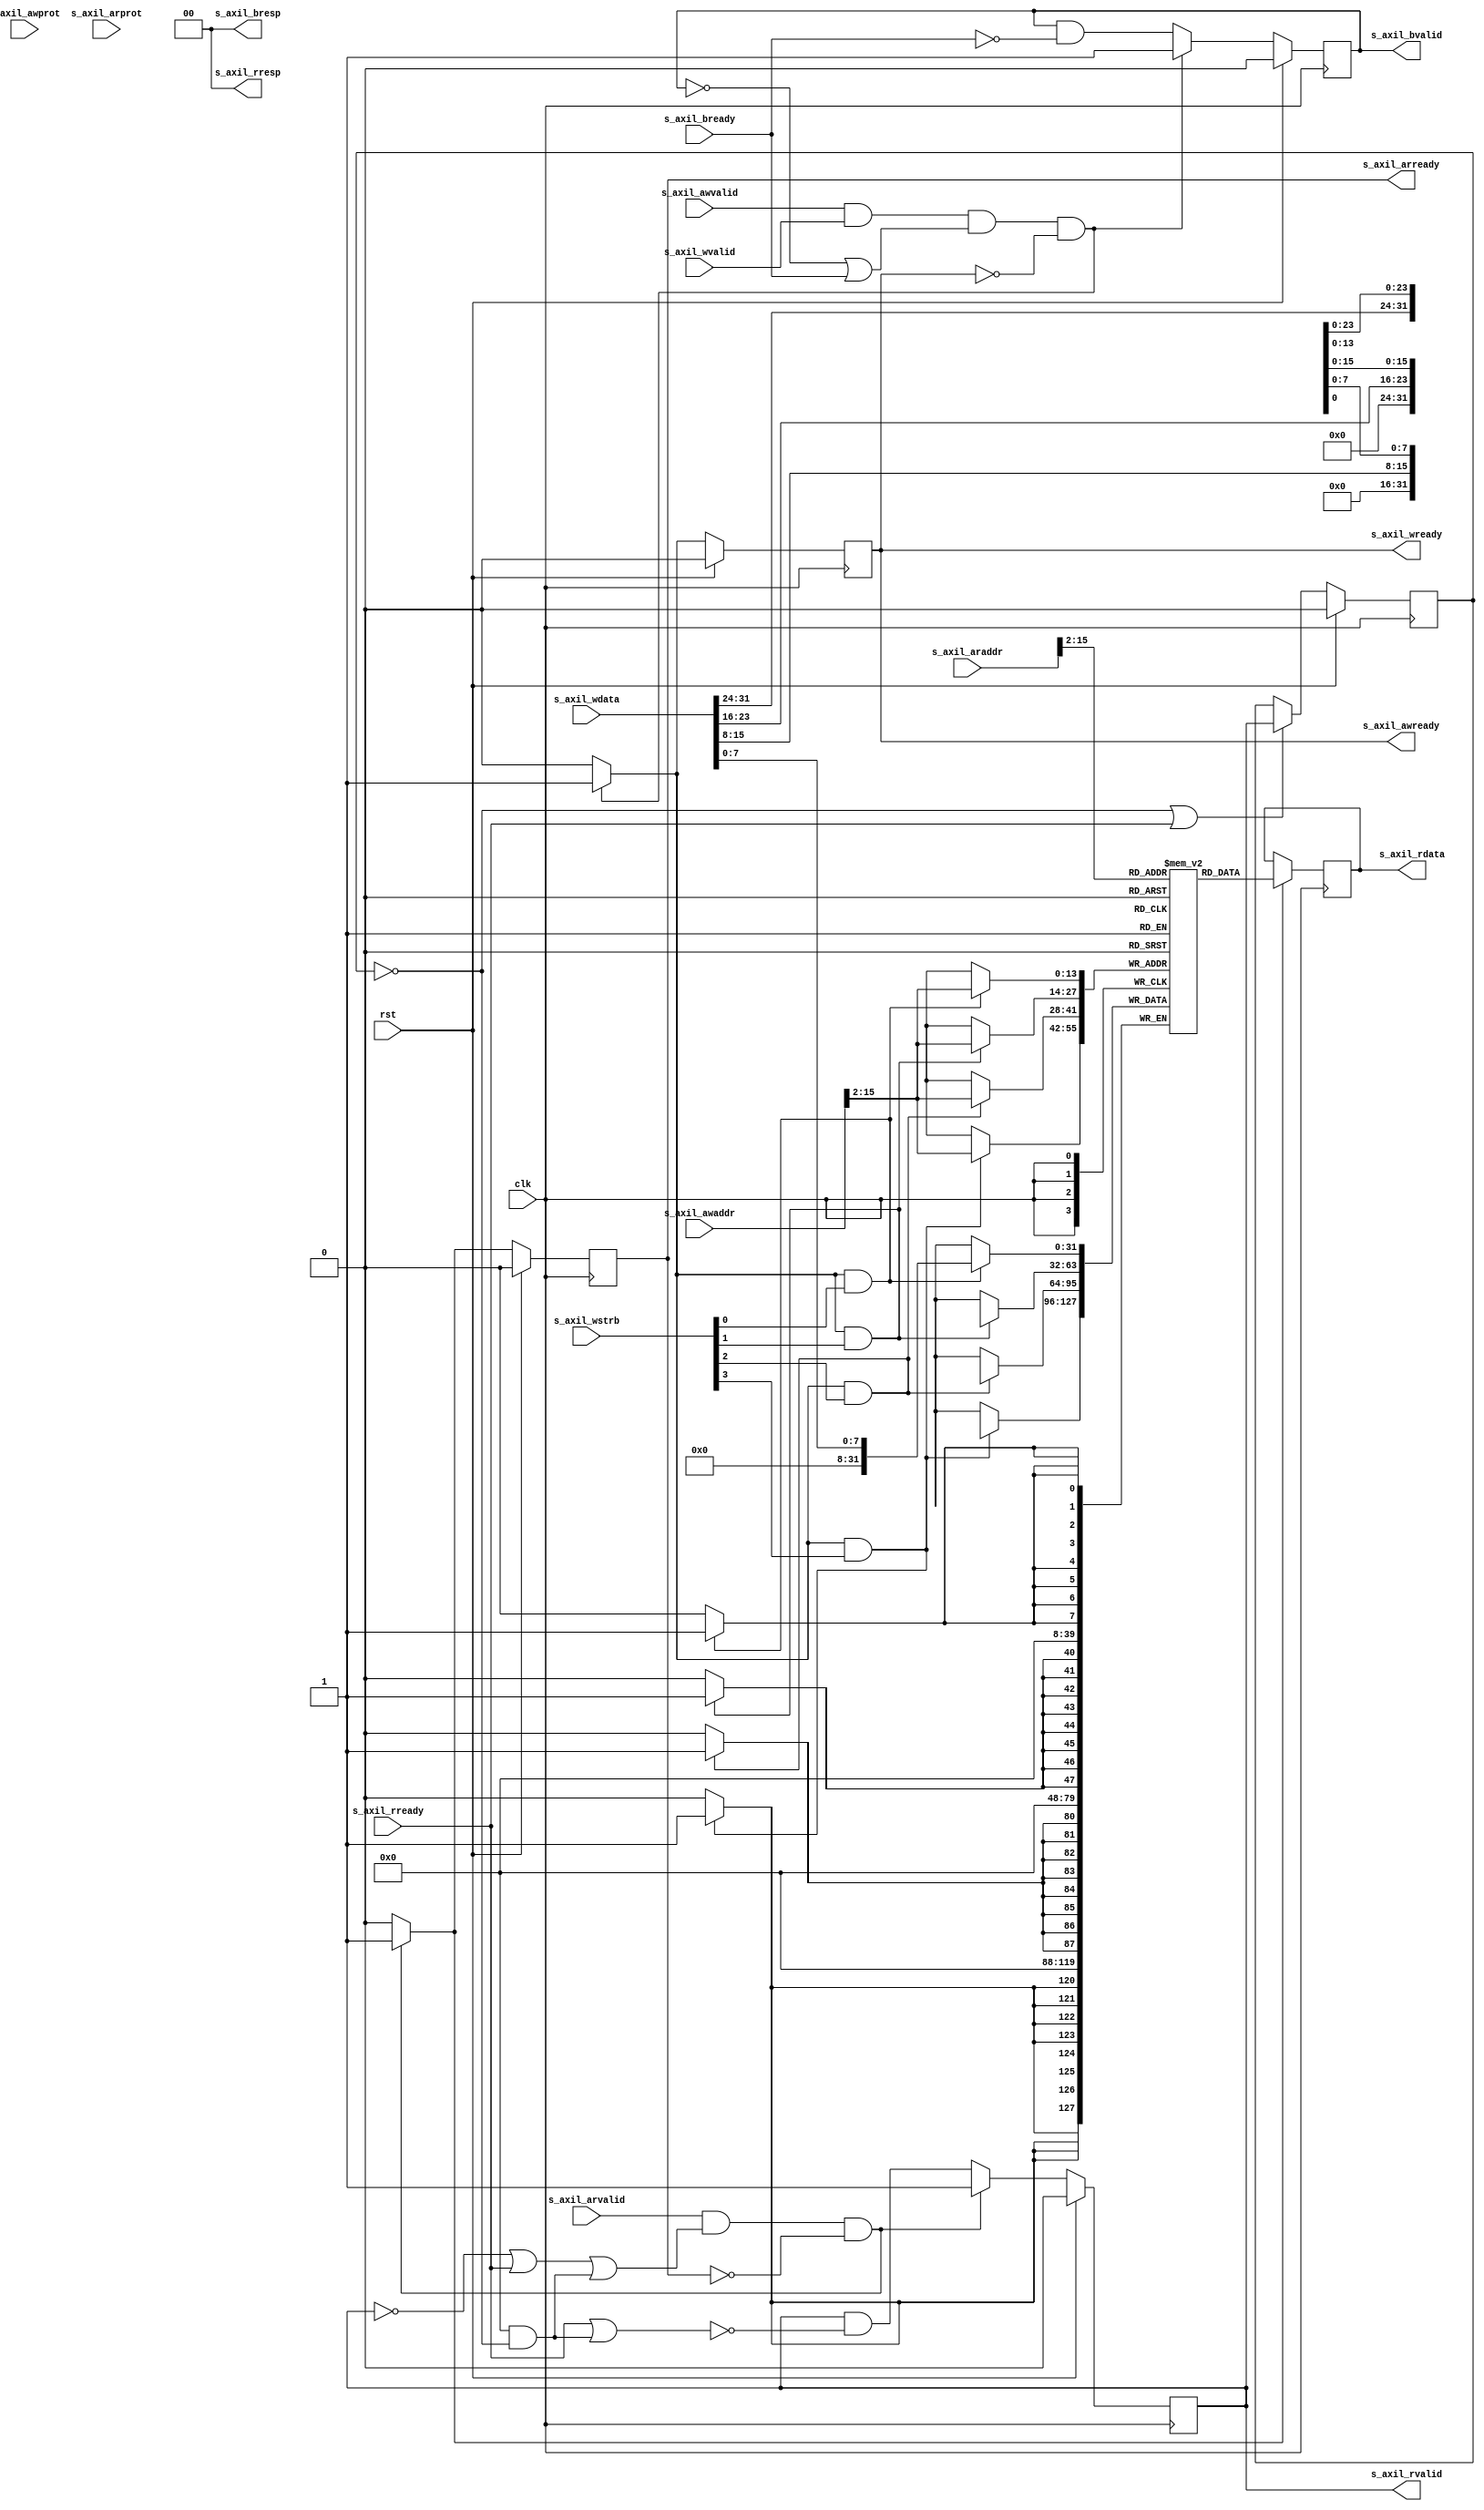
/*

Copyright (c) 2018 Alex Forencich

Permission is hereby granted, free of charge, to any person obtaining a copy
of this software and associated documentation files (the "Software"), to deal
in the Software without restriction, including without limitation the rights
to use, copy, modify, merge, publish, distribute, sublicense, and/or sell
copies of the Software, and to permit persons to whom the Software is
furnished to do so, subject to the following conditions:

The above copyright notice and this permission notice shall be included in
all copies or substantial portions of the Software.

THE SOFTWARE IS PROVIDED "AS IS", WITHOUT WARRANTY OF ANY KIND, EXPRESS OR
IMPLIED, INCLUDING BUT NOT LIMITED TO THE WARRANTIES OF MERCHANTABILITY
FITNESS FOR A PARTICULAR PURPOSE AND NONINFRINGEMENT. IN NO EVENT SHALL THE
AUTHORS OR COPYRIGHT HOLDERS BE LIABLE FOR ANY CLAIM, DAMAGES OR OTHER
LIABILITY, WHETHER IN AN ACTION OF CONTRACT, TORT OR OTHERWISE, ARISING FROM,
OUT OF OR IN CONNECTION WITH THE SOFTWARE OR THE USE OR OTHER DEALINGS IN
THE SOFTWARE.

*/

// Language: Verilog 2001

`timescale 1ns / 1ps

/*
 * AXI4-Lite RAM
 */
module axil_ram #
(
    // Width of data bus in bits
    parameter DATA_WIDTH = 32,
    // Width of address bus in bits
    parameter ADDR_WIDTH = 16,
    // Width of wstrb (width of data bus in words)
    parameter STRB_WIDTH = (DATA_WIDTH/8),
    // Extra pipeline register on output
    parameter PIPELINE_OUTPUT = 0
)
(
    input  wire                   clk,
    input  wire                   rst,

    input  wire [ADDR_WIDTH-1:0]  s_axil_awaddr,
    input  wire [2:0]             s_axil_awprot,
    input  wire                   s_axil_awvalid,
    output wire                   s_axil_awready,
    input  wire [DATA_WIDTH-1:0]  s_axil_wdata,
    input  wire [STRB_WIDTH-1:0]  s_axil_wstrb,
    input  wire                   s_axil_wvalid,
    output wire                   s_axil_wready,
    output wire [1:0]             s_axil_bresp,
    output wire                   s_axil_bvalid,
    input  wire                   s_axil_bready,
    input  wire [ADDR_WIDTH-1:0]  s_axil_araddr,
    input  wire [2:0]             s_axil_arprot,
    input  wire                   s_axil_arvalid,
    output wire                   s_axil_arready,
    output wire [DATA_WIDTH-1:0]  s_axil_rdata,
    output wire [1:0]             s_axil_rresp,
    output wire                   s_axil_rvalid,
    input  wire                   s_axil_rready
);

parameter VALID_ADDR_WIDTH = ADDR_WIDTH - $clog2(STRB_WIDTH);
parameter WORD_WIDTH = STRB_WIDTH;
parameter WORD_SIZE = DATA_WIDTH/WORD_WIDTH;

reg mem_wr_en;
reg mem_rd_en;

reg s_axil_awready_reg = 1'b0, s_axil_awready_next;
reg s_axil_wready_reg = 1'b0, s_axil_wready_next;
reg s_axil_bvalid_reg = 1'b0, s_axil_bvalid_next;
reg s_axil_arready_reg = 1'b0, s_axil_arready_next;
reg [DATA_WIDTH-1:0] s_axil_rdata_reg = {DATA_WIDTH{1'b0}}, s_axil_rdata_next;
reg s_axil_rvalid_reg = 1'b0, s_axil_rvalid_next;
reg [DATA_WIDTH-1:0] s_axil_rdata_pipe_reg = {DATA_WIDTH{1'b0}};
reg s_axil_rvalid_pipe_reg = 1'b0;

// (* RAM_STYLE="BLOCK" *)
reg [DATA_WIDTH-1:0] mem[(2**VALID_ADDR_WIDTH)-1:0];

wire [VALID_ADDR_WIDTH-1:0] s_axil_awaddr_valid = s_axil_awaddr >> (ADDR_WIDTH - VALID_ADDR_WIDTH);
wire [VALID_ADDR_WIDTH-1:0] s_axil_araddr_valid = s_axil_araddr >> (ADDR_WIDTH - VALID_ADDR_WIDTH);

assign s_axil_awready = s_axil_awready_reg;
assign s_axil_wready = s_axil_wready_reg;
assign s_axil_bresp = 2'b00;
assign s_axil_bvalid = s_axil_bvalid_reg;
assign s_axil_arready = s_axil_arready_reg;
assign s_axil_rdata = PIPELINE_OUTPUT ? s_axil_rdata_pipe_reg : s_axil_rdata_reg;
assign s_axil_rresp = 2'b00;
assign s_axil_rvalid = PIPELINE_OUTPUT ? s_axil_rvalid_pipe_reg : s_axil_rvalid_reg;

integer i, j;

initial begin
    // two nested loops for smaller number of iterations per loop
    // workaround for synthesizer complaints about large loop counts
    for (i = 0; i < 2**VALID_ADDR_WIDTH; i = i + 2**(VALID_ADDR_WIDTH/2)) begin
        for (j = i; j < i + 2**(VALID_ADDR_WIDTH/2); j = j + 1) begin
            mem[j] = 0;
        end
    end
end

always @* begin
    mem_wr_en = 1'b0;

    s_axil_awready_next = 1'b0;
    s_axil_wready_next = 1'b0;
    s_axil_bvalid_next = s_axil_bvalid_reg && !s_axil_bready;

    if (s_axil_awvalid && s_axil_wvalid && (!s_axil_bvalid || s_axil_bready) && (!s_axil_awready && !s_axil_wready)) begin
        s_axil_awready_next = 1'b1;
        s_axil_wready_next = 1'b1;
        s_axil_bvalid_next = 1'b1;

        mem_wr_en = 1'b1;
    end
end

always @(posedge clk) begin
    if (rst) begin
        s_axil_awready_reg <= 1'b0;
        s_axil_wready_reg <= 1'b0;
        s_axil_bvalid_reg <= 1'b0;
    end else begin
        s_axil_awready_reg <= s_axil_awready_next;
        s_axil_wready_reg <= s_axil_wready_next;
        s_axil_bvalid_reg <= s_axil_bvalid_next;
    end

    for (i = 0; i < WORD_WIDTH; i = i + 1) begin
        if (mem_wr_en && s_axil_wstrb[i]) begin
            mem[s_axil_awaddr_valid][WORD_SIZE*i +: WORD_SIZE] <= s_axil_wdata[WORD_SIZE*i +: WORD_SIZE];
        end
    end
end

always @* begin
    mem_rd_en = 1'b0;

    s_axil_arready_next = 1'b0;
    s_axil_rvalid_next = s_axil_rvalid_reg && !(s_axil_rready || (PIPELINE_OUTPUT && !s_axil_rvalid_pipe_reg));

    if (s_axil_arvalid && (!s_axil_rvalid || s_axil_rready || (PIPELINE_OUTPUT && !s_axil_rvalid_pipe_reg)) && (!s_axil_arready)) begin
        s_axil_arready_next = 1'b1;
        s_axil_rvalid_next = 1'b1;

        mem_rd_en = 1'b1;
    end
end

always @(posedge clk) begin
    if (rst) begin
        s_axil_arready_reg <= 1'b0;
        s_axil_rvalid_reg <= 1'b0;
        s_axil_rvalid_pipe_reg <= 1'b0;
    end else begin
        s_axil_arready_reg <= s_axil_arready_next;
        s_axil_rvalid_reg <= s_axil_rvalid_next;

        if (!s_axil_rvalid_pipe_reg || s_axil_rready) begin
            s_axil_rvalid_pipe_reg <= s_axil_rvalid_reg;
        end
    end

    if (mem_rd_en) begin
        s_axil_rdata_reg <= mem[s_axil_araddr_valid];
    end

    if (!s_axil_rvalid_pipe_reg || s_axil_rready) begin
        s_axil_rdata_pipe_reg <= s_axil_rdata_reg;
    end
end

endmodule